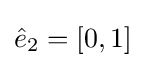
{\hat {e}}_{2}=[0,1]